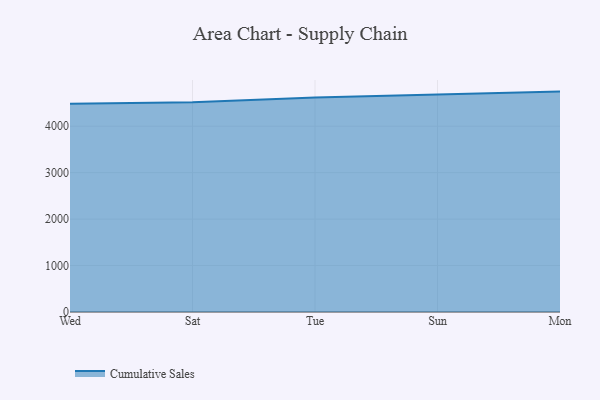
{"axis": {"x": "Day", "y": "Gross Profit (USD K)"}, "legend": ["Cumulative Sales"], "data": [{"x": "Wed", "y": 4481.8, "type": "Cumulative Sales"}, {"x": "Sat", "y": 4518.2, "type": "Cumulative Sales"}, {"x": "Tue", "y": 4615.3, "type": "Cumulative Sales"}, {"x": "Sun", "y": 4681.8, "type": "Cumulative Sales"}, {"x": "Mon", "y": 4744.8, "type": "Cumulative Sales"}]}